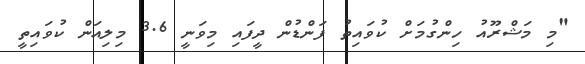
"މި މަޝްރޫއު ހިންގުމަށް ކުވައިތު ފަންޑުން ދީފައި މިވަނީ 3.6 މިލިއަން ކުވައިތީ